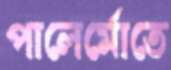
পালের্মোতে